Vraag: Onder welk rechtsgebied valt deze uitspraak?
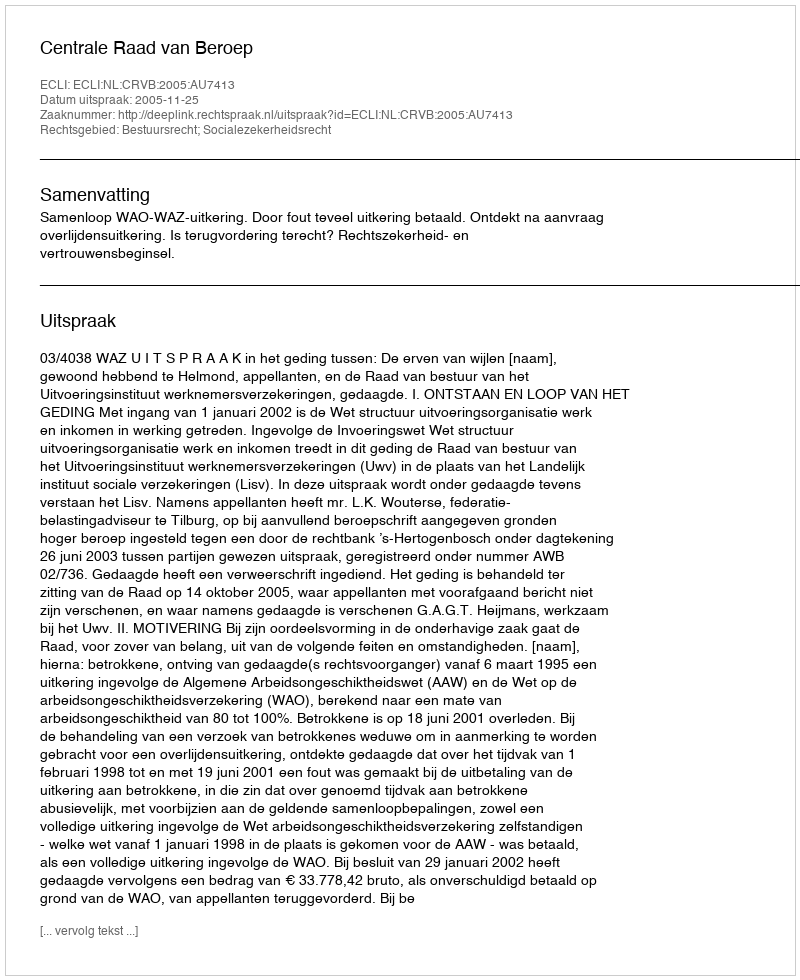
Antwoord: Bestuursrecht; Socialezekerheidsrecht